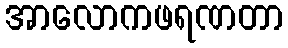
အာလောကဖရဏတာ